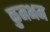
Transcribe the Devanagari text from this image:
कुमभम